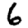
Digit: 6